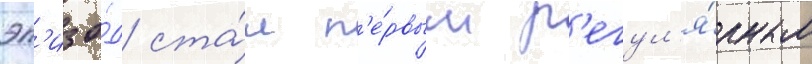
эп'изо́д ста́л п'е́рвым р'егул'я́рным